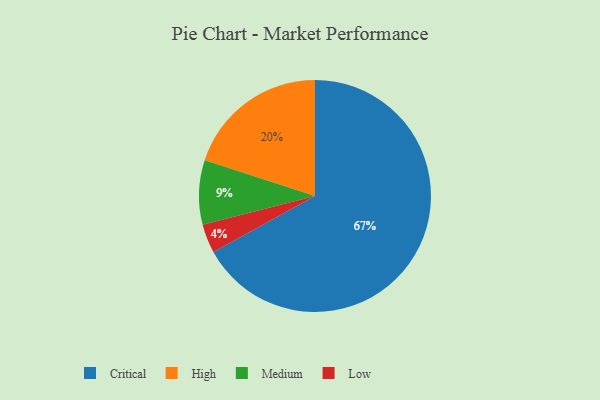
{"axis": {"x": "Category", "y": "Percentage"}, "legend": ["Critical", "High", "Low", "Medium"], "data": [{"x": "High", "y": 20, "type": "High"}, {"x": "Low", "y": 4, "type": "Low"}, {"x": "Medium", "y": 9, "type": "Medium"}, {"x": "Critical", "y": 67, "type": "Critical"}]}